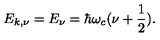
E _ { k , \nu } = E _ { \nu } = \hbar \omega _ { c } ( \nu + \frac { 1 } { 2 } ) .